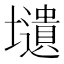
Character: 壝